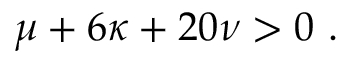
\mu + 6 \kappa + 2 0 \nu > 0 \ .